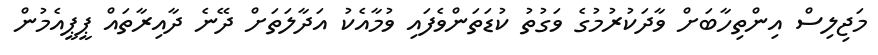
މަޖިލިސް އިންތިހާބަށް ވާދަކުރުމުގެ ވަގުތު ކުޑަތަންވެފައި ވުމާއެކު އަދާލަތަށް ދޭނެ ދާއިރާތައް ޕީޕީއެމުން